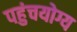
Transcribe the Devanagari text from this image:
पहुंचयोग्य